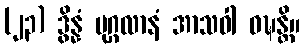
(၂၃) ဒွိန္နံ ပုဂ္ဂလာနံ အာသဝါ ဝဍ္ဎန္တိ။